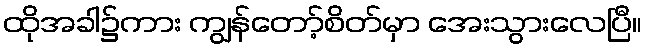
ထိုအခါ၌ကား ကျွန်တော့်စိတ်မှာ အေးသွားလေပြီ။